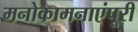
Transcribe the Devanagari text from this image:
मनोकामनाएंपूरी